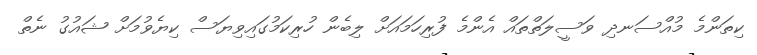
ކިތަންމެ މުއްސަނދި ވަސީލަތްތައް އެންމެ ފުރިހަމައަށް ލިބެން ހުރިކަމުގައިވިޔަސް ކިޔެވުމަށް ޝައުގު ނެތް